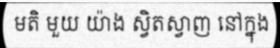
មតិ មួយ យ៉ាង ស្វិតស្វាញ នៅក្នុង